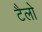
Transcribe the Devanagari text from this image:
टैलो